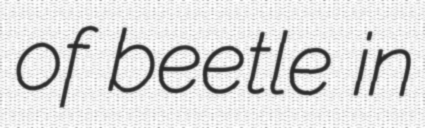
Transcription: of beetle in